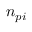
n _ { p i }